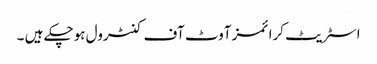
اسٹریٹ کرائمز آوٹ آف کنٹرول ہوچکے ہیں ۔